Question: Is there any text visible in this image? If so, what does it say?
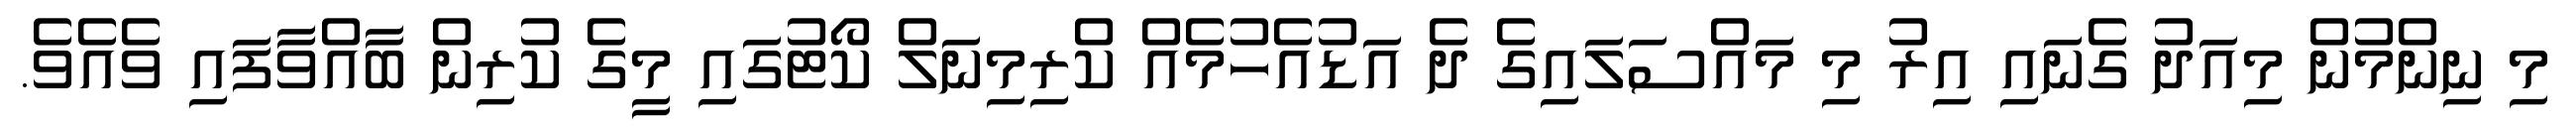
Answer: މި ނިންމުން މިއަދު ގެނައި އިރު މި މައްސަލައިގެ ދެ އަޑުއެހުމެއް ކްރިމިނަލް ކޯޓުގައި މީގެ ކުރިން ބާއްވާފައި ވެއެވެ.